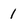
Character: 1